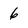
Character: 6